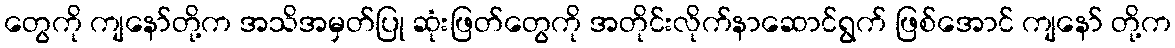
တွေကို ကျနော်တို့က အသိအမှတ်ပြု ဆုံးဖြတ်တွေကို အတိုင်းလိုက်နာဆောင်ရွက် ဖြစ်အောင် ကျနော် တို့က